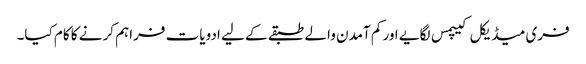
فری میڈیکل کیپمس لگایے اور کم آمدن والے طبقے کے لیے ادویات فراہم کرنے کا کام کیا۔